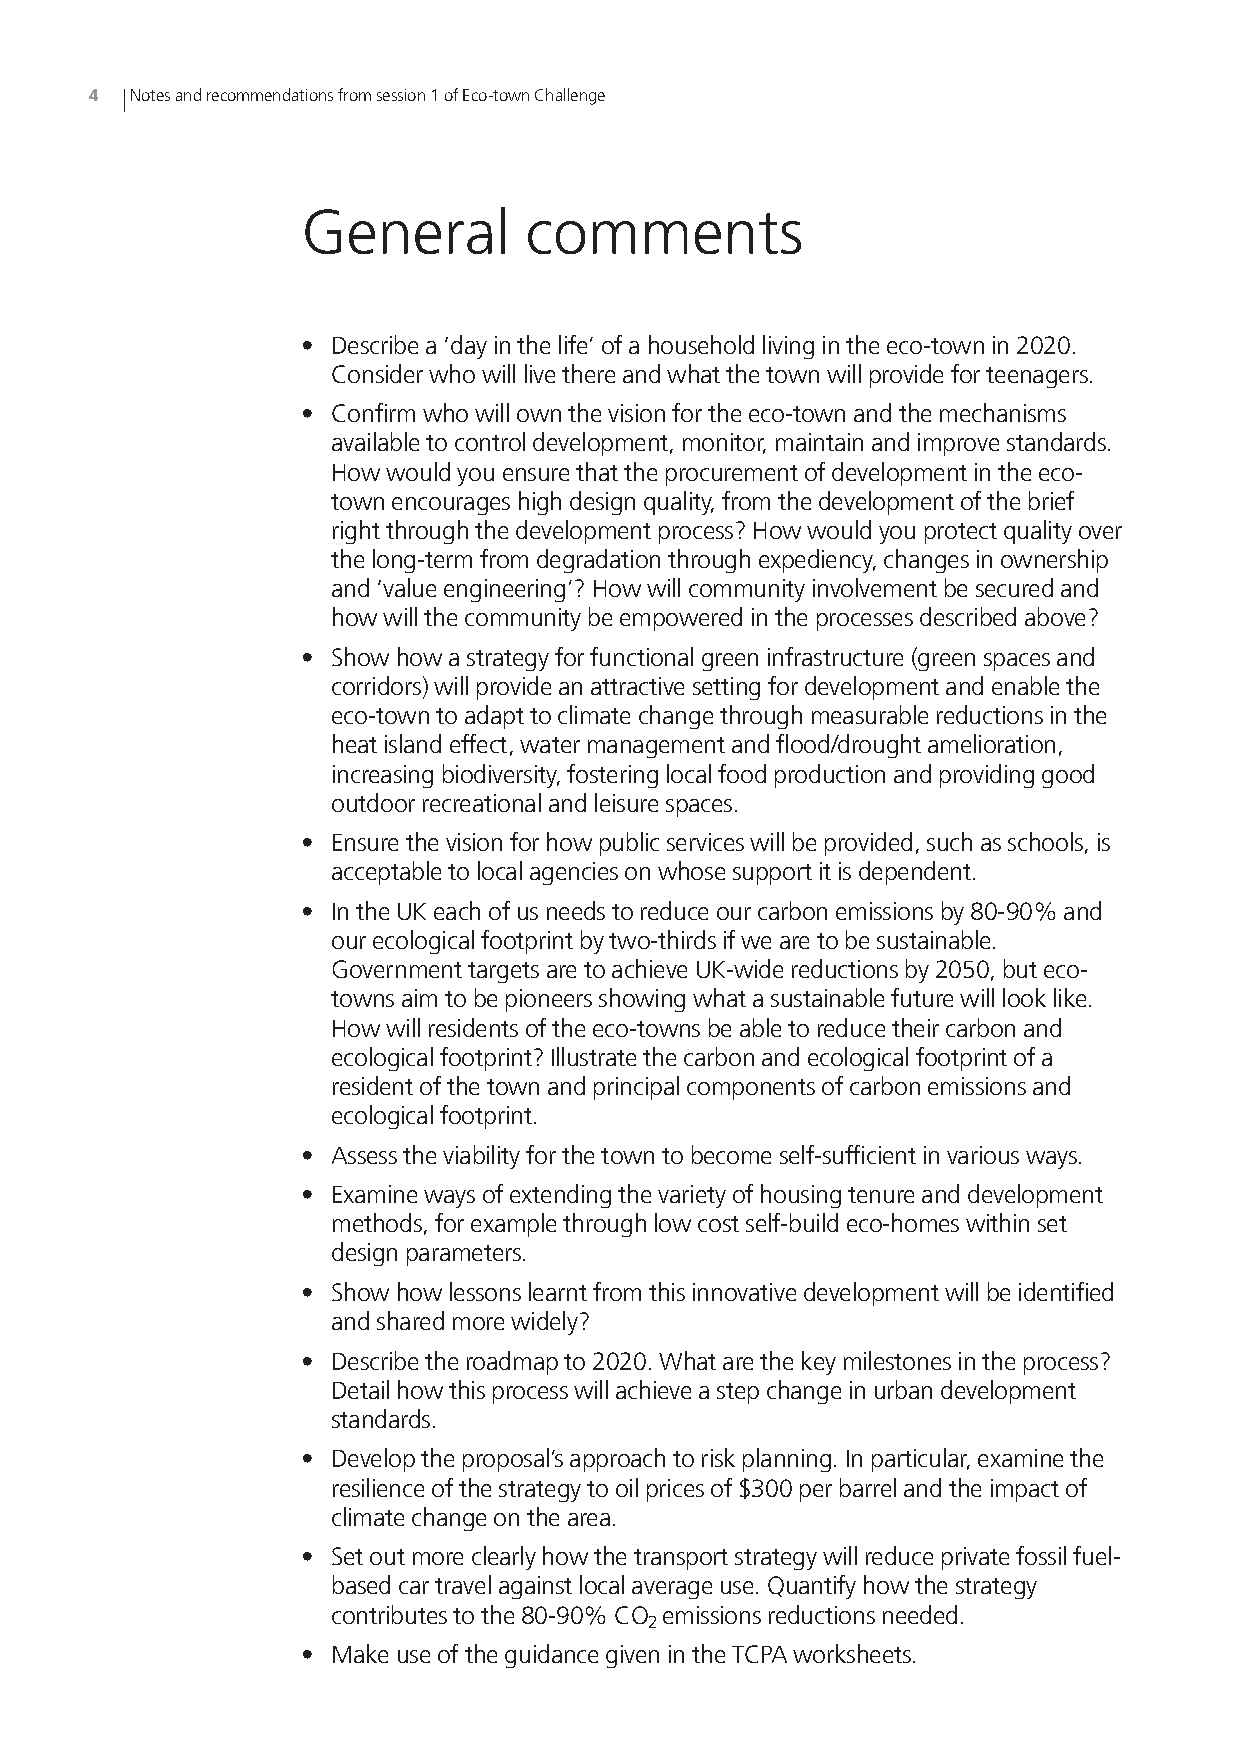
4  Notesandrecommendationsfromsession1ofEco-townChallenge
 General        comments
 • Describea‘dayinthelife’ofahouseholdlivingintheeco-townin2020.
 Considerwhowilllivethereandwhatthetownwillprovideforteenagers.
 • Confirmwhowillownthevisionfortheeco-townandthemechanisms
 availabletocontroldevelopment,monitor,maintainandimprovestandards.
 Howwouldyouensurethattheprocurementofdevelopmentintheeco-
 townencourageshighdesignquality,fromthedevelopmentofthebrief
 rightthroughthedevelopmentprocess?Howwouldyouprotectqualityover
 thelong-termfromdegradationthroughexpediency,changesinownership
 and‘valueengineering’?Howwillcommunityinvolvementbesecuredand
 howwillthecommunitybeempoweredintheprocessesdescribedabove?
 • Showhowastrategyforfunctionalgreeninfrastructure(greenspacesand
 corridors)willprovideanattractivesettingfordevelopmentandenablethe
 eco-towntoadapttoclimatechangethroughmeasurablereductionsinthe
 heatislandeffect,watermanagementandflood/droughtamelioration,
 increasingbiodiversity,fosteringlocalfoodproductionandprovidinggood
 outdoorrecreationalandleisurespaces.
 • Ensurethevisionforhowpublicserviceswillbeprovided,suchasschools,is
 acceptabletolocalagenciesonwhosesupportitisdependent.
 • IntheUKeachofusneedstoreduceourcarbonemissionsby80-90%and
 ourecologicalfootprintbytwo-thirdsifwearetobesustainable.
 GovernmenttargetsaretoachieveUK-widereductionsby2050,buteco-
 townsaimtobepioneersshowingwhatasustainablefuturewilllooklike.
 Howwillresidentsoftheeco-townsbeabletoreducetheircarbonand
 ecologicalfootprint?Illustratethecarbonandecologicalfootprintofa
 residentofthetownandprincipalcomponentsofcarbonemissionsand
 ecologicalfootprint.
 • Assesstheviabilityforthetowntobecomeself-sufficientinvariousways.
 • Examinewaysofextendingthevarietyofhousingtenureanddevelopment
 methods,forexamplethroughlowcostself-buildeco-homeswithinset
 designparameters.
 • Showhowlessonslearntfromthisinnovativedevelopmentwillbeidentified
 andsharedmorewidely?
 • Describetheroadmapto2020.Whatarethekeymilestonesintheprocess?
 Detailhowthisprocesswillachieveastepchangeinurbandevelopment
 standards.
 • Developtheproposal’sapproachtoriskplanning.Inparticular,examinethe
 resilienceofthestrategytooilpricesof$300perbarrelandtheimpactof
 climatechangeonthearea.
 • Setoutmoreclearlyhowthetransportstrategywillreduceprivatefossilfuel-
 basedcartravelagainstlocalaverageuse.Quantifyhowthestrategy
 contributestothe80-90%CO emissionsreductionsneeded.
 2
 • MakeuseoftheguidancegivenintheTCPAworksheets.